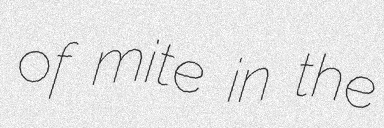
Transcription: of mite in the